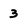
Character: 3